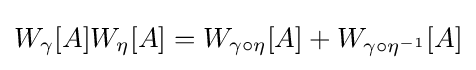
W_{\gamma }[A]W_{\eta }[A]=W_{\gamma \circ \eta }[A]+W_{\gamma \circ \eta ^{-1}}[A]